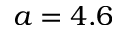
a = 4 . 6